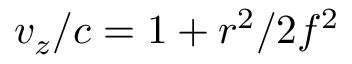
v _ { z } / c = 1 + r ^ { 2 } / 2 f ^ { 2 }